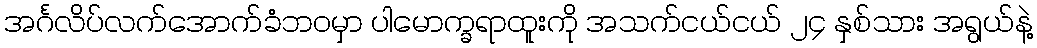
အင်္ဂလိပ်လက်အောက်ခံဘဝမှာ ပါမောက္ခရာထူးကို အသက်ငယ်ငယ် ၂၄ နှစ်သား အရွယ်နဲ့